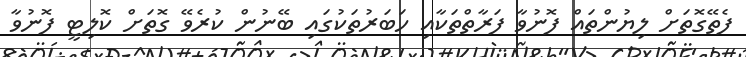
ފެތޭގޮތަށް ލިޔުންތައް ފޮނުވާ ފަރާތްތަކާއި ހަބަރުތަކުގައި ބޭނުން ކުރެވޭ ގޮތަށް ކޮލިޓީ ފޮނުވާ